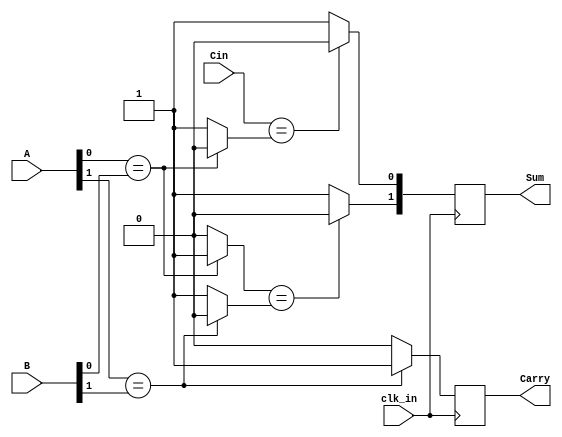
module two_bitadder_behavioral(
  input [1:0]A,
  input clk_in,
  input Cin,
  input [1:0]B,
  output [1:0]Sum,
  output Carry);
  always@(negedge clk_in)
  begin
  
  if (A[0]==B[0])
    sum1=0;
  else
    sum1=1;
 
   if(A[0]==B[0]==1)
          cout=1;
   else
          cout=0;
  if (Cin==sum1)
       Sum[0]=0;
  else
         Sum[0]=1;
  if (A[1]==B[1])
         sum2=0;
         
  else
         sum2=1;
   if(A[1]==B[1]==1)
             Carry=1;
         else
             Carry=0;
  if (cout==sum2)
       Sum[1]=0;
  else
         Sum[1]=1;
            
end
endmodule